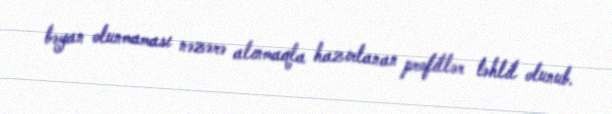
bəyan olunmaması nəzərə alınmaqla hazırlanan profillər təhlil olunub.